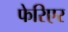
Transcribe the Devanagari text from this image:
फेरिएर